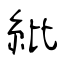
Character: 紕